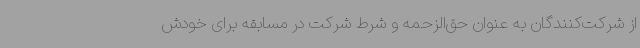
از شرکت‌کنندگان به عنوان حق‌الزحمه و شرط شرکت در مسابقه برای خودش